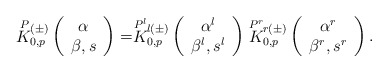
\begin{align*}\stackrel{P}{K}{}\!\!_{0,p}^{(\pm)}\left(\begin{array}{c} \alpha \\ \beta,s \end{array} \right)=\stackrel{P^l}{K}{}\!\!_{0,p}^{l(\pm)}\left(\begin{array}{c} \alpha^l\\ \beta^l ,s^l \end{array} \right)\stackrel{P^r}{K}{}\!\!_{0,p}^{r(\pm)}\left(\begin{array}{c} \alpha^r \\ \beta^r ,s^r \end{array} \right).\end{align*}